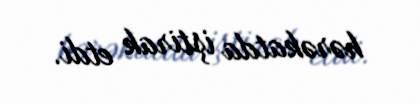
hərəkatda iştirak etdi.